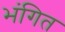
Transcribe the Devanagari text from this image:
भंगित